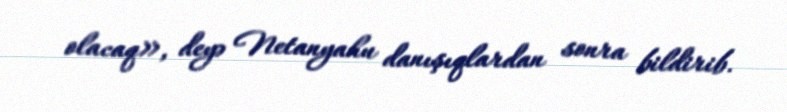
olacaq», deyə Netanyahu danışıqlardan sonra bildirib.